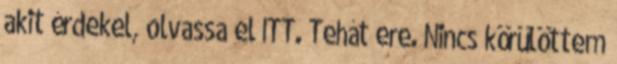
akit érdekel, olvassa el ITT. Tehát ere. Nincs körülöttem